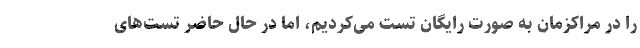
را در مراکزمان به صورت رایگان تست می‌کردیم، اما در حال حاضر تست‌های